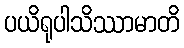
ပယိရုပါသိဿာမာတိ